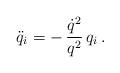
LaTeX: \begin{align*}\ddot q_i=-\,\frac{\dot q^2}{q^2}\,q_i\,.\end{align*}